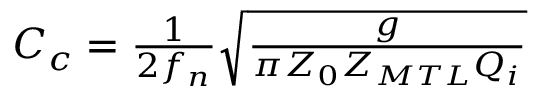
\begin{array} { r } { C _ { c } = \frac { 1 } { 2 f _ { n } } \sqrt { \frac { g } { \pi Z _ { 0 } Z _ { M T L } Q _ { i } } } } \end{array}